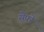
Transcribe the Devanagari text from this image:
सेपरे